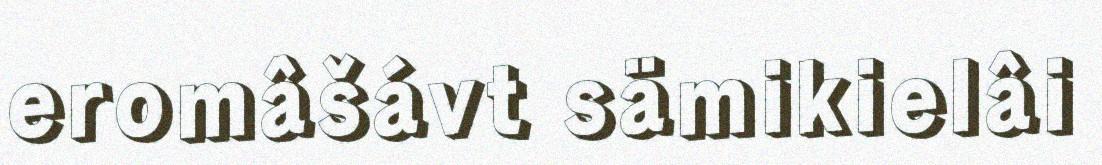
eromâšávt sämikielâi